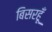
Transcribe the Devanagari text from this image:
बिसरहूँ